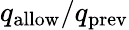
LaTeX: q_{\mathrm{allow}}/q_{\mathrm{prev}}